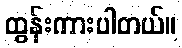
ထွန်းကားပါတယ်။